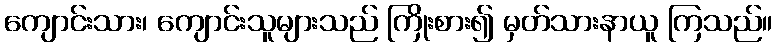
ကျောင်းသား၊ ကျောင်းသူများသည် ကြိုးစား၍ မှတ်သားနာယူ ကြသည်။